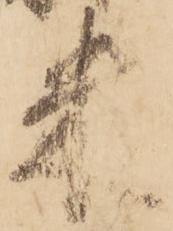
米